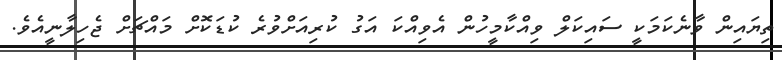
ތިޔައިން ވާނެކަމަކީ ސައިކަލް ވިއްކާމީހުން އެވިއްކަ އަގު ކުރިއަށްވުރެ ކުޑަކޮށް މައްޗަށް ޖެހިލާނީއެވެ.